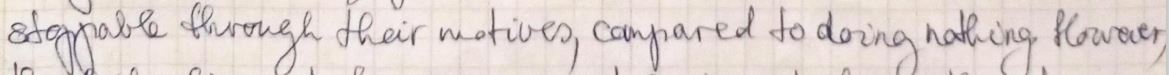
stgyable through their motives, compared to doing nothing However